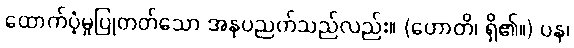
ထောက်ပံ့မှုပြုတတ်သော အနုပညတ်သည်လည်း။ (ဟောတိ၊ ရှိ၏။) ပန၊